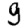
Digit: 9